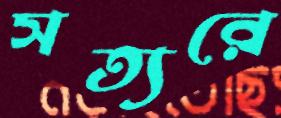
সত্যরে